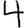
Digit: 4